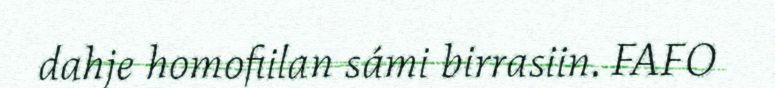
dahje homofiilan sámi birrasiin. FAFO